255_t_763_r1b_transcripts
Agency: NASA
Incident date: 12/5/65
Incident location: Low Earth Orbit
Page 3
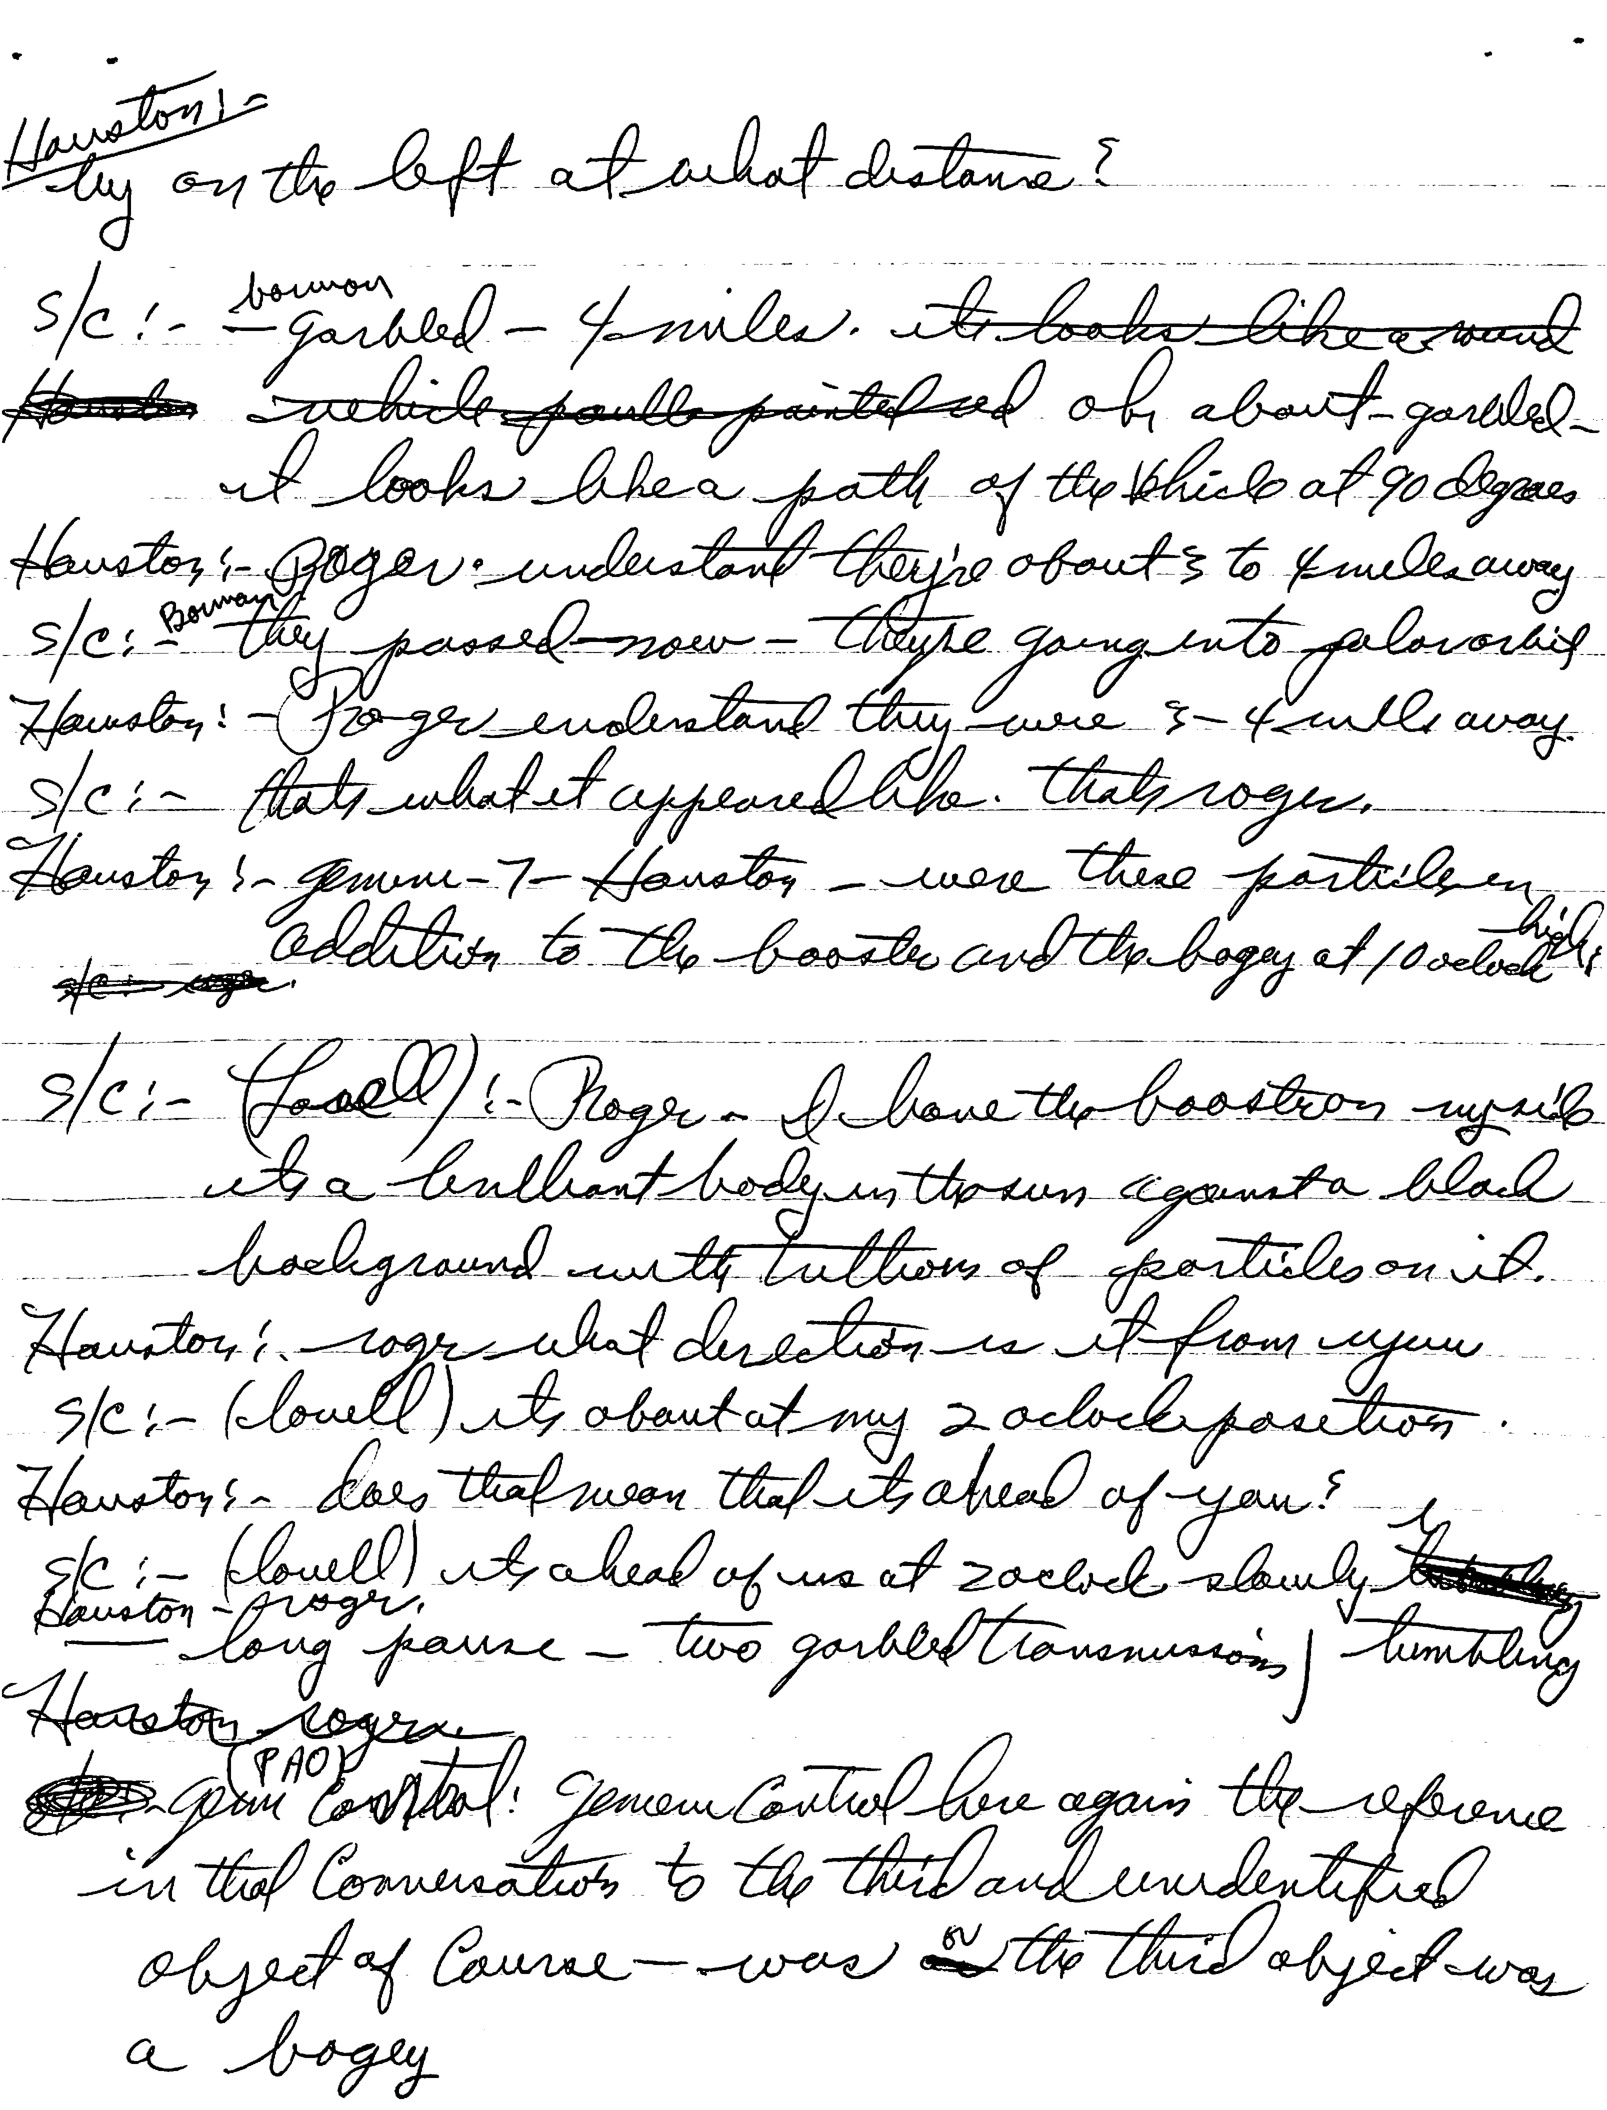